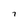
Character: 7